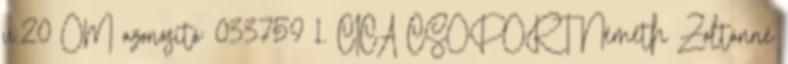
u.20 OM azonosító: 033759 1. CICA CSOPORT Németh Zoltánné